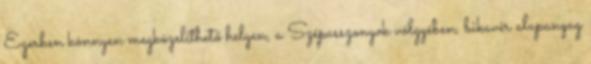
Egerben könnyen megközelíthető helyen, a Szépasszonyok völgyében, bikavér alapanyag